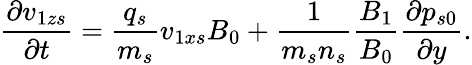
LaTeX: \frac{\partial{v}_{1zs}}{\partial t}=\frac{q_{s}}{m_{s}}{v}_{1xs}B_{0}+\frac{1}{m_{s}n_{s}}\frac{B_{1}}{B_{0}}\frac{\partial p_{s0}}{\partial y}.